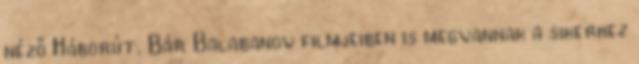
néző Háborút. Bár Balabanov filmjeiben is megvannak a sikerhez